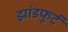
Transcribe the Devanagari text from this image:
झांडफूर्ट